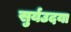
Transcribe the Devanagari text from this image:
सुर्यउदया